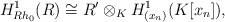
LaTeX: \begin{align*}H^1_{Rh_0}(R) \cong R'\otimes_K H^1_{(x_n)}(K[x_n]) , \end{align*}